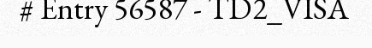
# Entry 56587 - TD2_VISA